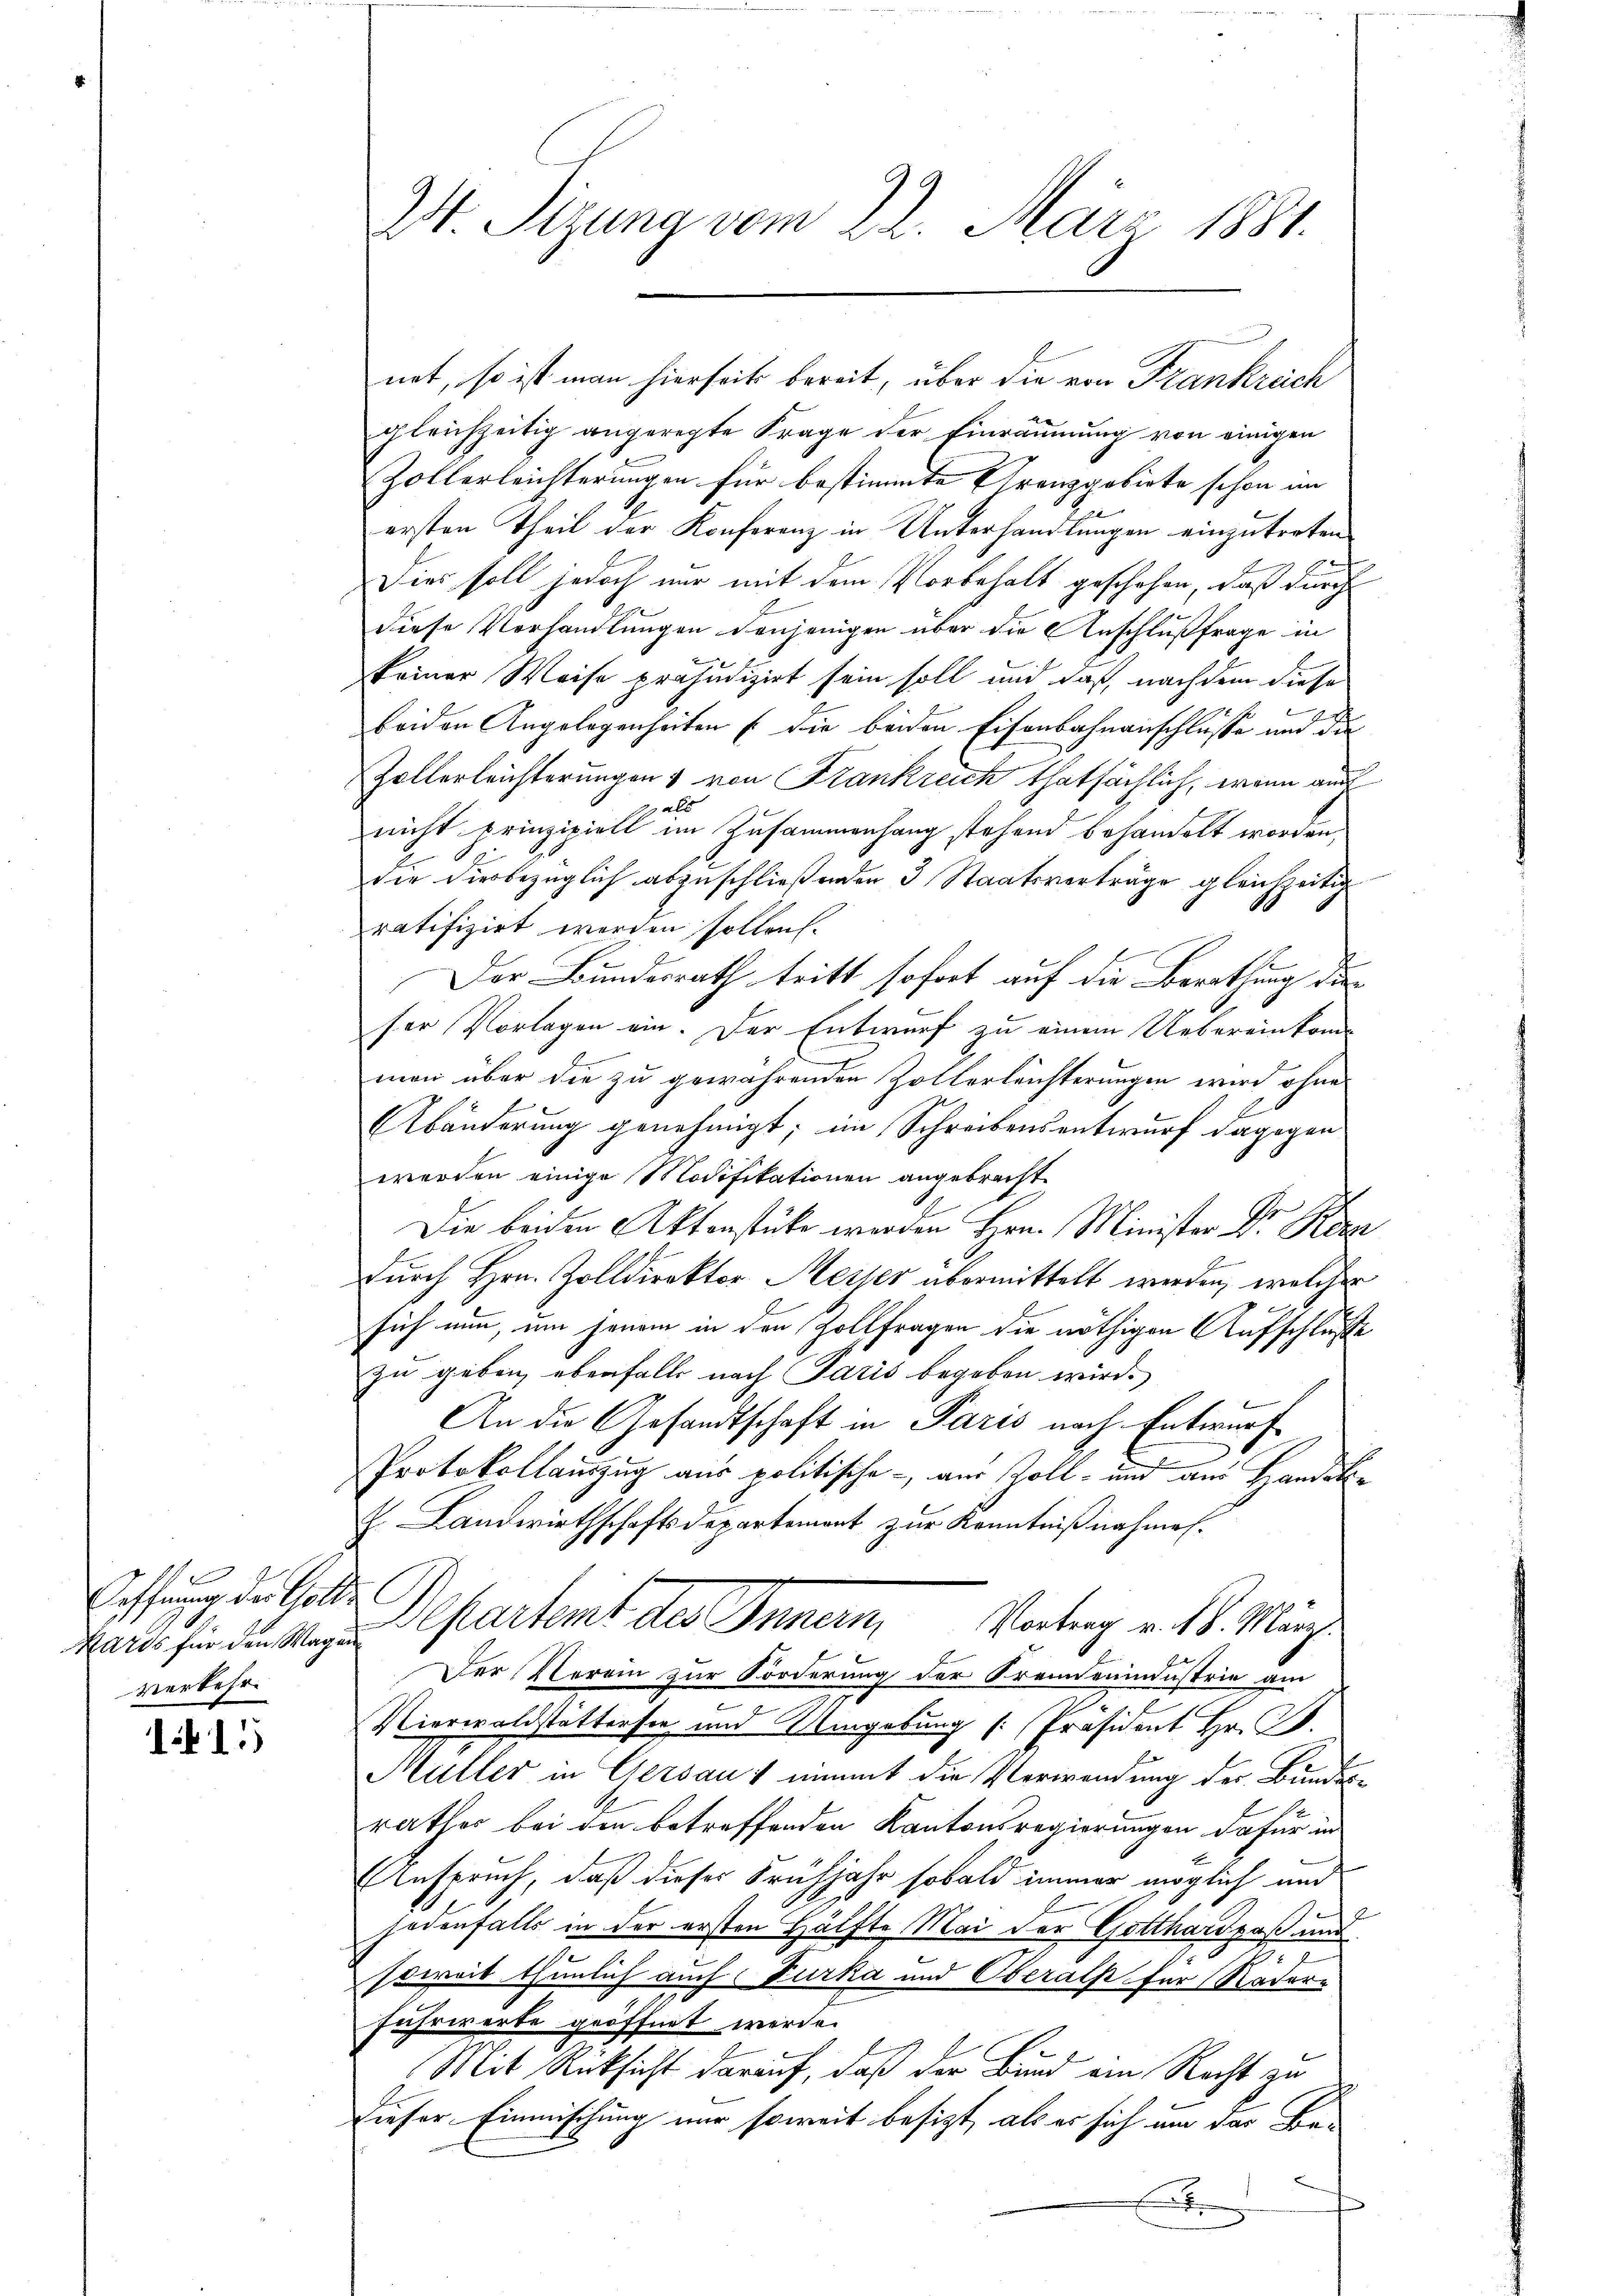
Oeffnung der Golde
verkehr

115)

gleichzeitig angeregte Frage der Einräumung von einigen
Zollerleichterungen für bestimmte Franzgobirte schon im
ersten Theil der Konferenz in Unterhandlungen einzutreten
Dies soll jedoch nur mit dem Vorbehalt geschehen, daß durch
diese Vorhandlungen denjenigen über die Anschlußfrage in
keiner Weise präjudizirt sein soll und daß, nachdem diese
b
beiden Angelegenheiten (die beiden Eisenbahnanschlüsse und die
Zollerleichterungen & von Krankreich thatsächlich, wenn auf
als
nicht prinzipiell im Zusammenhang stehend behandelt worden,
die diesbezüglich abzuschließenden 3 Staatsverträge gleichzeitig
ratifizirt werden sollen.
Der Bundesrath tritt sofort auf die Berathung der
ser Vorlagen ein. Der Entwurf zu einem Uebereinkom-
man über die zu gewährenden Zollerleichterungen wird ohne
Abänderung genehmigt; im Schreibensentwurf dagegen
werden einige Modifikationen angebracht.
Die beiden Aktenstücke werden Hrn. Minister Dr. Kon
Durch Hrn. Zolldirektor Meiser übermittelt werden, welcher
sich nun, um jenem in den Zollfragen die nöthigen Aufschluße
zu geben, ebenfalls nach Paris begeben wird.
f
An die Gesandtschaft in Paris nach Entwurf
Protokollauszug aus politische aus Zoll- und aus Handel¬
E. Landwirthschaftsdepartement zur Kenntnißnahmen.
Mans für den Wege Departemt des Innern, Vortrag v. 18. März
Der Verein zur Forderung der Fremdenindustrie am
Vierwaldstattersee und Umgebung [Präsident Hr. J.
Müller in Gersaus nimmt die Verwendung der Bundes-
rathes bei den betreffenden Kantonsregierungen dafür in
Anspruch, daß dieses Frühjahr sobald immer möglich und
f
jedenfalls in der ersten Hälfte Mai der Gotthardpaß und
soweit thunlich auch Furka und Oberalp für Räder-
Fuhrwerte geöffnet werde.
Mit Rücksicht darauf, daß der Bund ein Recht zu
dieser Einmischung nur soweit besizt, als er sich um der Be¬

W. Sizung vom 22. März 1881.

net, so ist man hierseits bereit, über die von Frankreich